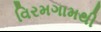
વિરમગામથી